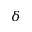
\delta